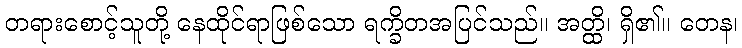
တရားစောင့်သူတို့ နေထိုင်ရာဖြစ်သော ရက္ခိတအပြင်သည်။ အတ္ထိ၊ ရှိ၏။ တေန၊